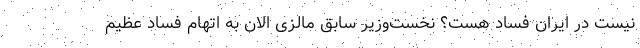
نیست در ایران فساد هست؟ نخست‌وزیر سابق مالزی الان به اتهام فساد عظیم